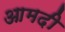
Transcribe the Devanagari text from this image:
आमदी